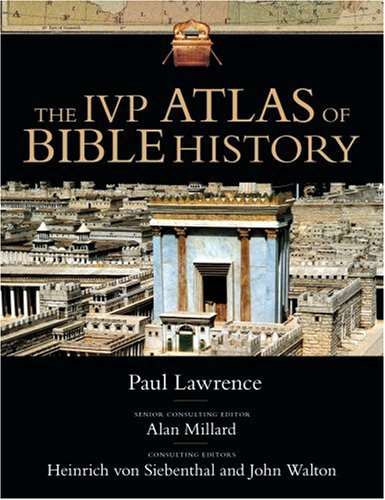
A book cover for The IVP Atlas of Bible History; Paul Lawrence; History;